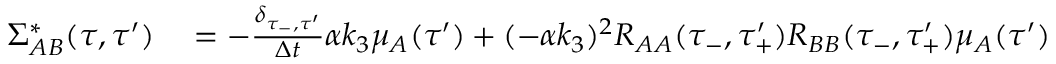
\begin{array} { r l } { \Sigma _ { A B } ^ { * } ( \tau , \tau ^ { \prime } ) } & { { } = - \frac { \delta _ { \tau _ { - } , \tau ^ { \prime } } } { \Delta t } \alpha k _ { 3 } \mu _ { A } ( \tau ^ { \prime } ) + ( - \alpha k _ { 3 } ) ^ { 2 } R _ { A A } ( \tau _ { - } , \tau _ { + } ^ { \prime } ) R _ { B B } ( \tau _ { - } , \tau _ { + } ^ { \prime } ) \mu _ { A } ( \tau ^ { \prime } ) } \end{array}